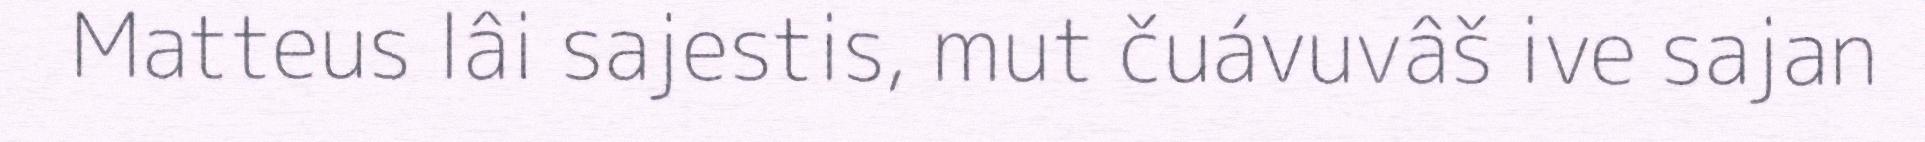
Matteus lâi sajestis, mut čuávuvâš ive sajan